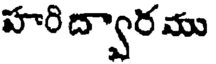
హరి ద్వార ము